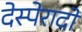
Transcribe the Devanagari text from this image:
देस्पेरादो